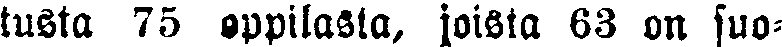
tusta 75 oppilasta, joista 63 on suo-